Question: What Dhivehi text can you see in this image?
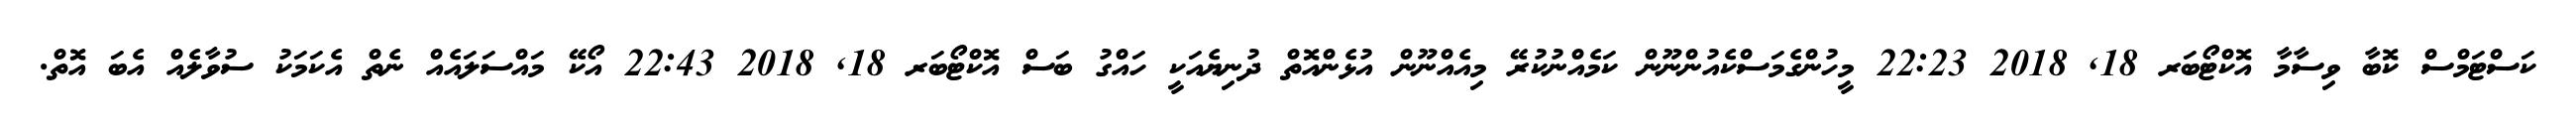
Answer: ކަސްޓަމްސް ކޮބާ ވިސާމާ އޮކްޓޯބަރ 18, 2018 22:23 މީހުންގެމަސްކެއުންނޫން ކަމެއްނުކުރޭ މިއެއްނޫން އުޅެންއޮތް ދުނިޔެއަކީ ހައްގު ބަސް އޮކްޓޯބަރ 18, 2018 22:43 އޯކޭ މައްސަލައެއް ނެތް އެކަމަކު ސުވާލެއް އެބަ އޮތް.